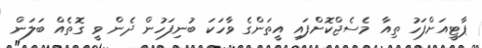
ޕާޓީއަށްފަހު ތިއާ މެސެޖްކޮށްފައި އީތަންގެ ވާހަކަ ބުނިފަހުން ދެން ވީ ގޮތެއް ބަލަން